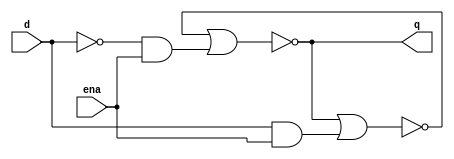
module top_module (
    input d, 
    input ena,
    output q);
    wire in,out1,out2;
    always @(*) begin
        out1 = ~(out2 | (~d)&ena);
        out2 = ~(out1 | d&ena);
        q = out1;
    end
endmodule